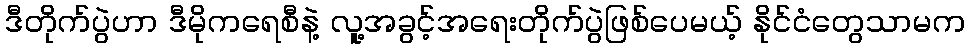
ဒီတိုက်ပွဲဟာ ဒီမိုကရေစီနဲ့ လူ့အခွင့်အရေးတိုက်ပွဲဖြစ်ပေမယ့် နိုင်ငံတွေသာမက